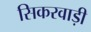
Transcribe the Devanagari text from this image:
सिकरवाड़ी